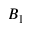
B _ { 1 }